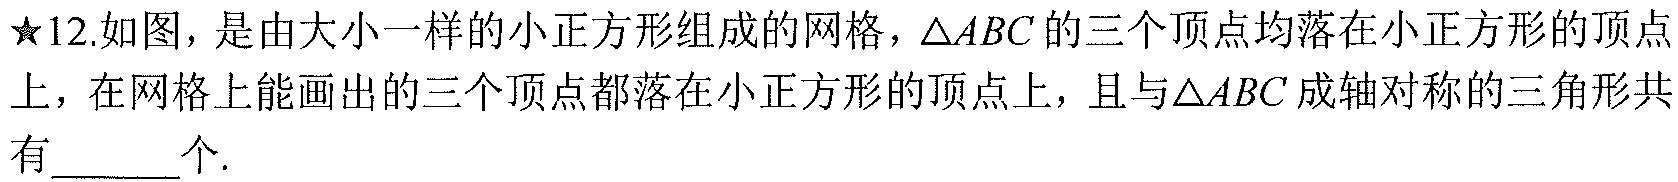
★12.如图，是由大小一样的小正方形组成的网格，\(\triangle ABC\)的三个顶点均落在小正方形的顶点上，在网格上能画出的三个顶点都落在小正方形的顶点上，且与\(\triangle ABC\)成轴对称的三角形共有______个.